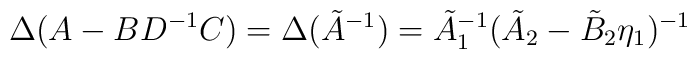
\Delta (A-BD^{-1}C) = \Delta (\tilde A^{-1}) =\tilde A_1^{-1}(\tilde A_2 - \tilde B_2 \eta_1)^{-1}